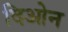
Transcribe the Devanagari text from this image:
दिओन